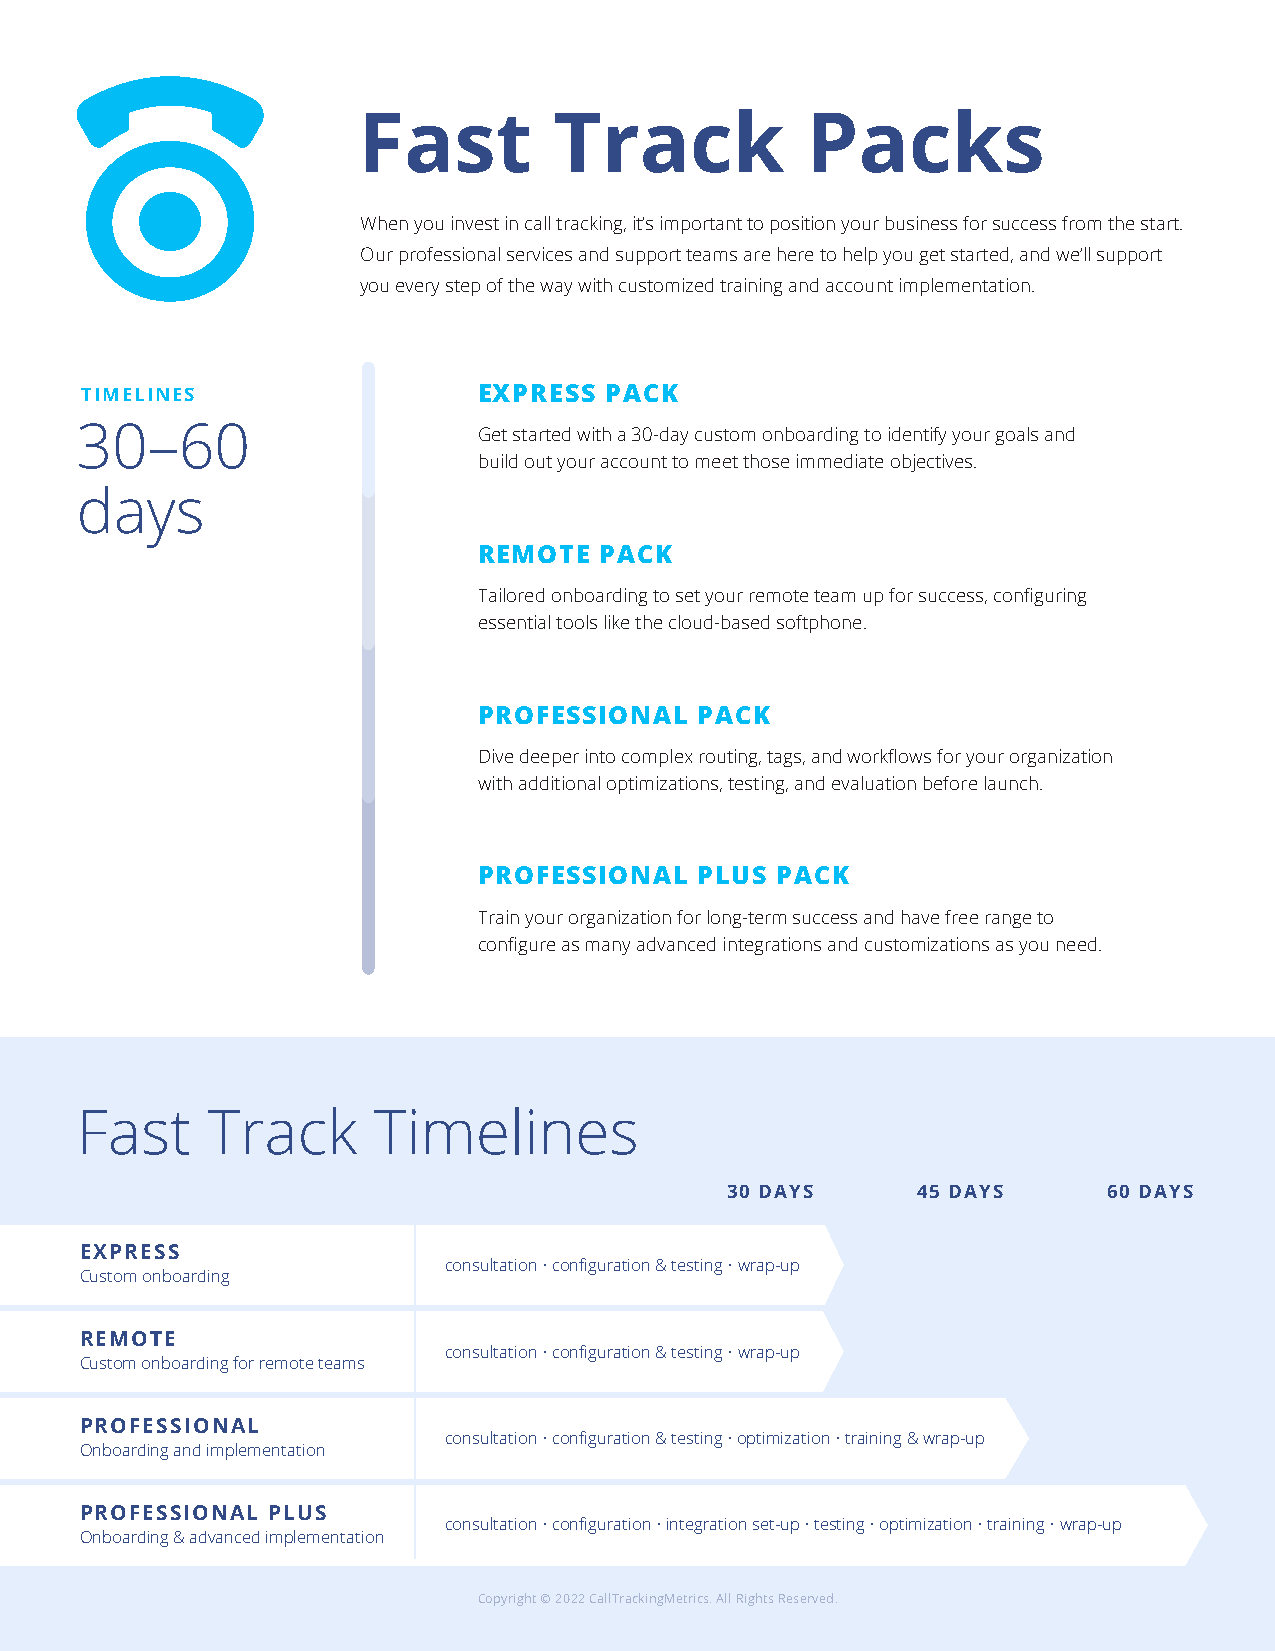
Fast         Track           Packs
 When you invest in call tracking, it’s important to position your business for success from the start.
 Our professional services and support teams are here to help you get started, and we’ll support
 you every step of the way with customized training and account implementation.
 TIMELINES                  EXPRESS PACK
 30–60                      Get started with a 30-day custom onboarding to identify your goals and
 build out your account to meet those immediate objectives.
 days
 REMOTE  PACK
 Tailored onboarding to set your remote team up for success, configuring
 essential tools like the cloud-based softphone.
 PROFESSIONAL  PACK
 Dive deeper into complex routing, tags, and workflows for your organization
 with additional optimizations, testing, and evaluation before launch.
 PROFESSIONAL  PLUS PACK
 Train your organization for long-term success and have free range to
 configure as many advanced integrations and customizations as you need.
 Fast     Track      Timelines
 30 DAYS      45 DAYS     60 DAYS
 EXPRESS
 consultation • configuration & testing • wrap-up
 Custom onboarding
 REMOTE
 consultation • configuration & testing • wrap-up
 Custom onboarding for remote teams
 PROFESSIONAL
 consultation • configuration & testing • optimization • training & wrap-up
 Onboarding and implementation
 PROFESSIONAL PLUS
 consultation • configuration • integration set-up • testing • optimization • training • wrap-up
 Onboarding & advanced implementation
 Copyright © 2022 CallTrackingMetrics. All Rights Reserved.